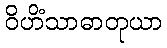
ဝိဟိံသာဓာတုယာ